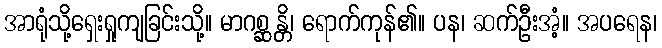
အာရုံသို့ရှေးရှုကျခြင်းသို့။ မာဂစ္ဆန္တိ၊ ရောက်ကုန်၏။ ပန၊ ဆက်ဦးအံ့။ အပရေန၊